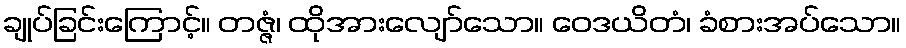
ချုပ်ခြင်းကြောင့်။ တဇ္ဇံ၊ ထိုအားလျော်သော။ ဝေဒယိတံ၊ ခံစားအပ်သော။